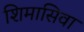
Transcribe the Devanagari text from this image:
शिमासिवा